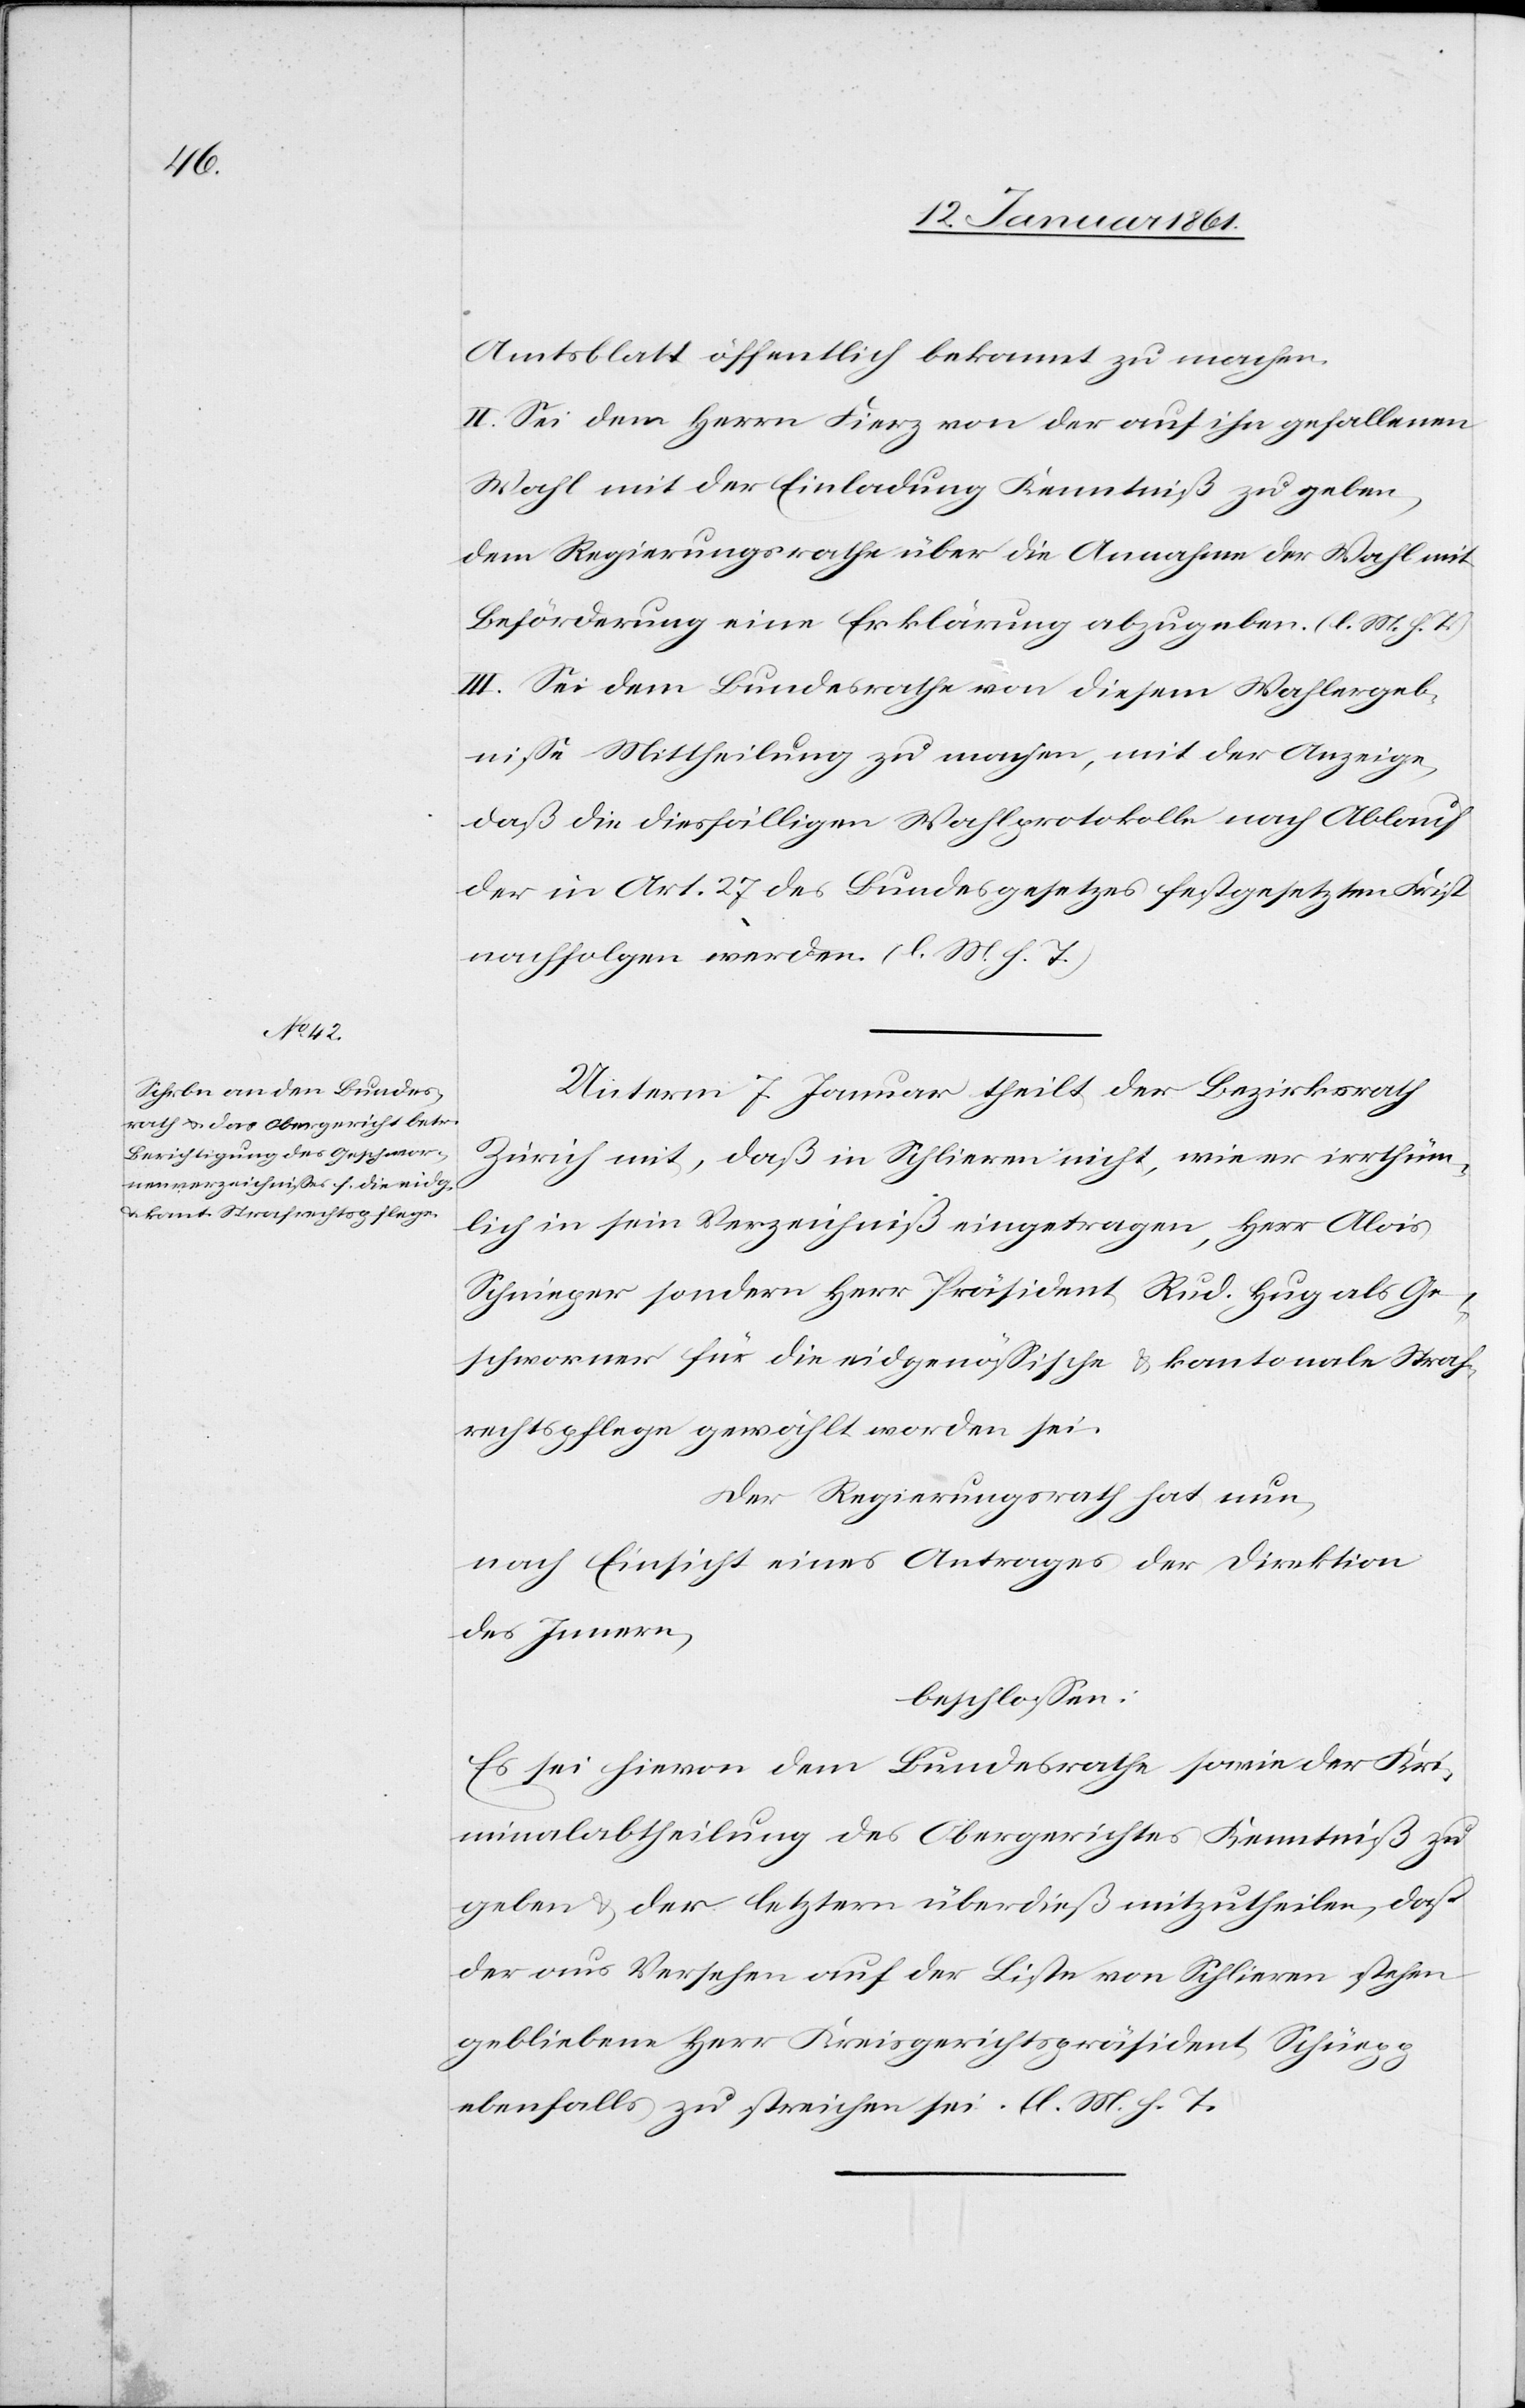
Amtsblatt öffentlich bekannt zu machen.
II. Sei dem Herrn Fierz von der auf ihn gefallenen
Wahl mit der Einladung Kenntniß zu geben,
dem Regierungsrathe über die Annahme der Wahl mit
Beförderung eine Erklärung abzugeben. (l. M. h. T.)
III. Sei dem Bundesrathe von diesem Wahlergeb¬
nisse Mittheilung zu machen, mit der Anzeige,
daß die diesfälligen Wahlprotokolle nach Ablauf
der in Art. 27. des Bundesgesetzes festgesetzten Frist
nachfolgen werden. (l. M. h. T.)
Unterm 7. Januar theilt der Bezirksrath
Zürich mit, daß in Schlieren nicht, wie er irrthüm¬
lich in sein Verzeichniß eingetragen, Herr Alois
Schnieger sondern Herr Präsident Rud. Hug als Ge¬
schworner für die eidgenössische u. kantonale Straf¬
rechtspflege gewählt worden sei.
Der Regierungsrath hat nun,
nach Einsicht eines Antrages der Direktion
des Innern,
beschlossen:
Es sei hievon dem Bundesrathe sowie der Kri¬
minalabtheilung des Obergerichtes Kenntniß zu
geben u. der letztern überdieß mitzutheilen, daß
der aus Versehen auf der Liste von Schlieren stehen
gebliebene Herr Kreisgerichtspräsident Schürpp
ebenfalls zu streichen sei. (l. M. h. T.[)]